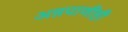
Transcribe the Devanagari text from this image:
अन्नपाणीही